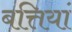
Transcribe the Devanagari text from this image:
बत्तियां